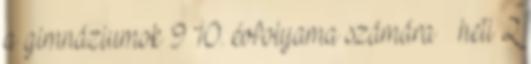
a gimnáziumok 9 10. évfolyama számára heti 2